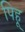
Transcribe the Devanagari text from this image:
पिहू